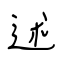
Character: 述